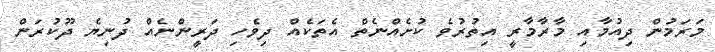
މަރަމުން ދިއުމާއި މާރާމާރީ އިތުރުވެ ކުށެއްނެތް އެތަކެއް ދިވެހި ދަރީންނެއް ދުނިޔެ ދޫކުރަން